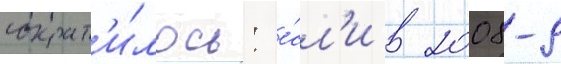
сократ'и́лось: е́сл'и в 2008-9